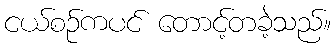
ငယ်စဉ်ကပင် တောင့်တခဲ့သည်။